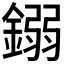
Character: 𨪤